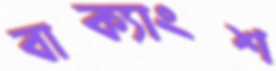
বাক্যাংশ